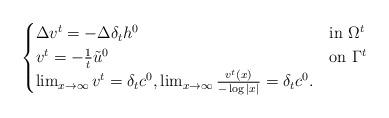
LaTeX: \begin{align*}\begin{cases} \Delta v^t = -\Delta \delta_t h^0 &\mbox{in }\Omega^t\\v^t = -\frac 1 t \tilde u^0 &\mbox{on }\Gamma^t\\\lim_{x\to \infty} v^t = \delta_t c^0, \lim_{x\to \infty} \frac{v^t(x)}{-\log |x|}= \delta_t c^0.\end{cases}\end{align*}